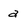
Character: a